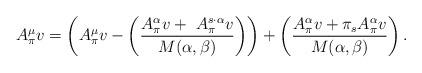
LaTeX: \begin{align*}A_\pi^\mu v=\left(A_\pi^\mu v- \left( \dfrac{A_\pi^\alpha v +\ A_\pi^{s\cdot \alpha} v}{M(\alpha,\beta)} \right)\right) + \left( \dfrac{A_\pi^\alpha v +\pi_s A_\pi^\alpha v}{M(\alpha,\beta)} \right).\end{align*}